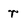
Character: r